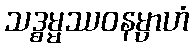
သဒ္ဓမ္မဿဝနမ္ပာဟံ